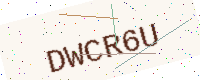
Text: DWCR6U